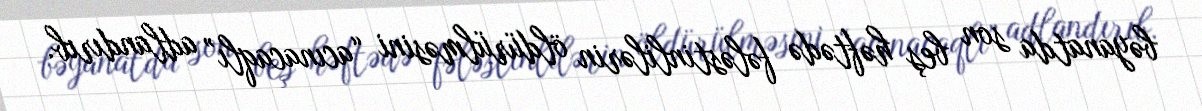
bəyanatda son beş həftədə fələstinlilərin öldürülməsini “acınacaqlı” adlandırıb.